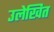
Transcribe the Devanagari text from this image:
उलेखित